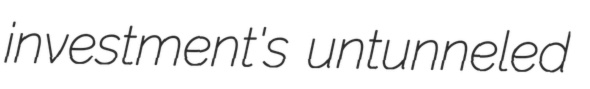
investment's untunneled